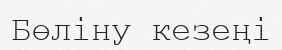
Бөліну кезеңі